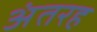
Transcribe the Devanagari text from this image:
अंतरह